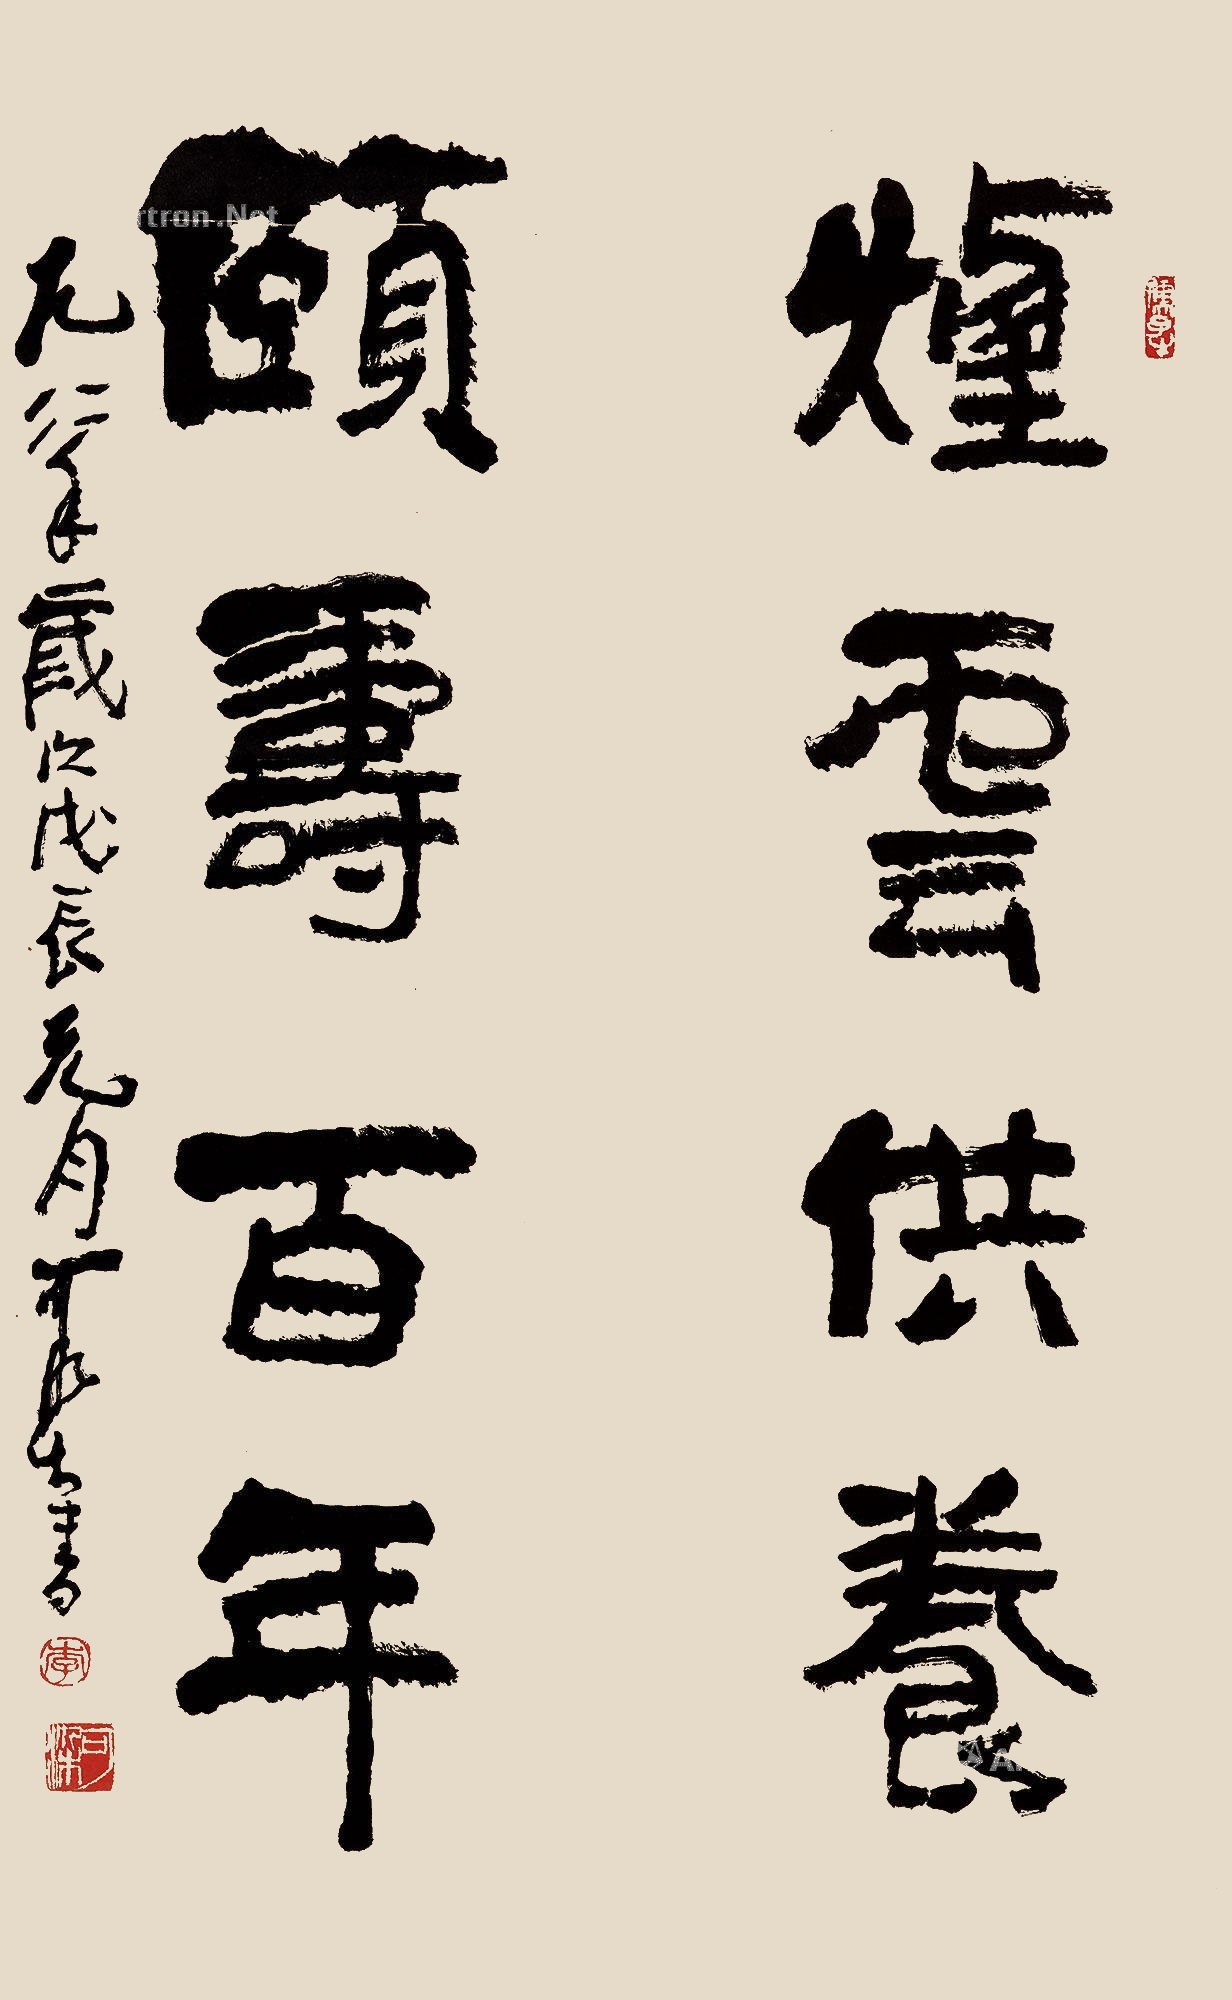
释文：烟云供养，颐寿百年。一九八八年，岁次戊辰元月，可染书。